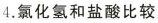
4.氯化氢和盐酸比较